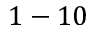
1 - 1 0